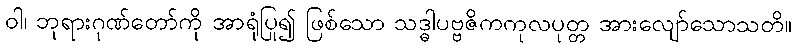
ဝါ၊ ဘုရားဂုဏ်တော်ကို အာရုံပြု၍ ဖြစ်သော သဒ္ဓါပဗ္ဗဇိကကုလပုတ္တ အားလျော်သောသတိ။